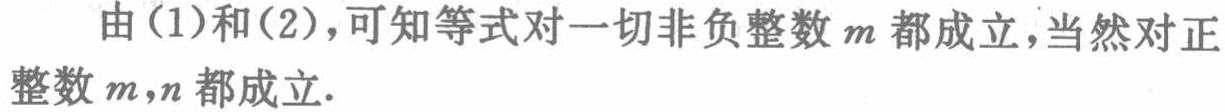
由(1)和(2)，可知等式对一切非负整数\(m\)都成立，当然对正整数\(m,n\)都成立.